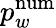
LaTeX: p_{w}^{\mathrm{num}}